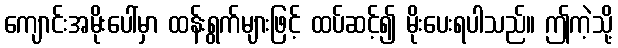
ကျောင်းအမိုးပေါ်မှာ ထန်းရွက်များဖြင့် ထပ်ဆင့်၍ မိုးပေးရပါသည်။ ဤကဲ့သို့